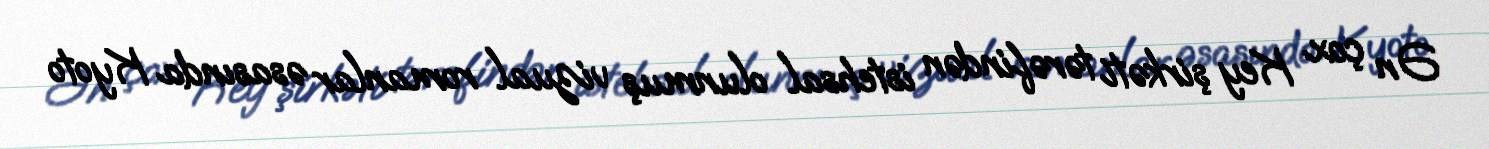
Ən çox Key şirkəti tərəfindən istehsal olunmuş vizual romanlar əsasında Kyoto